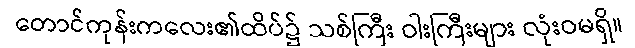
တောင်ကုန်းကလေး၏ထိပ်၌ သစ်ကြီး ဝါးကြီးများ လုံးဝမရှိ။